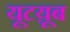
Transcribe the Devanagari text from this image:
यूटय़ूब